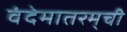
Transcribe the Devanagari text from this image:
वंदेमातरम्‌ची